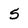
Character: 5